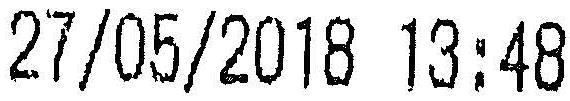
27/05/2018 13:48